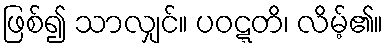
ဖြစ်၍ သာလျှင်။ ပဝဋ္ဋတိ၊ လိမ့်၏။